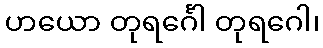
ဟယော တုရင်္ဂေါ တုရဂေါ၊